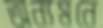
অন্যমনে